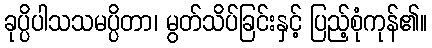
ခုပ္ပိပါသသမပ္ပိတာ၊ မွတ်သိပ်ခြင်းနှင့် ပြည့်စုံကုန်၏။